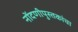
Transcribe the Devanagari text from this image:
नोंदणीपुस्तकांचा